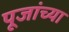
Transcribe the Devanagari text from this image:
पूजांच्या